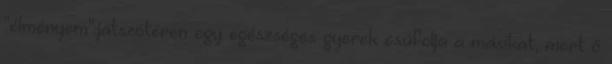
"élményem":játszótéren egy egészséges gyerek csúfolja a másikat, mert ő